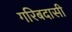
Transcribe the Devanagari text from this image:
गरिबदासी